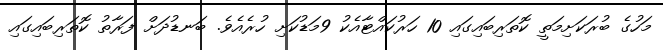
މަހުގެ ބުރަކަށިމަތީ ކޮތަރިބައިގައި 10 ހަރުކައްޓާއެކު 9މަޑުކަށި ހުރެއެވެ. ބަނޑުދަށް ފަރާތު ކޮތަރިބައިގައި